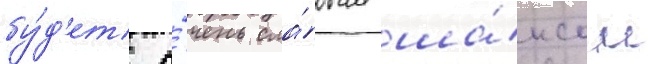
бу́д'ет о́чень сла́бым ша́нсом